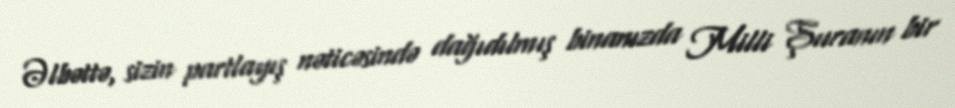
Əlbəttə, sizin partlayış nəticəsində dağıdılmış binanızda Milli Şuranın bir